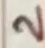
Text: 2